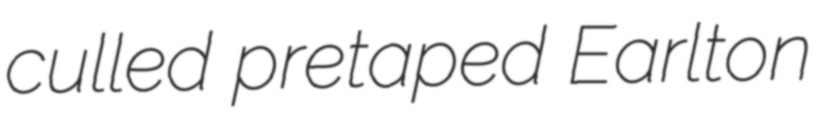
culled pretaped Earlton